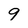
Character: 9